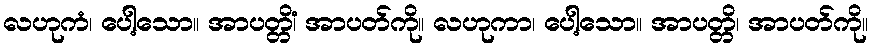
လဟုကံ၊ ပေါ့သော။ အာပတ္တိံ၊ အာပတ်ကို။ လဟုကာ၊ ပေါ့သော။ အာပတ္တိ၊ အာပတ်ကို။